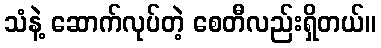
သံနဲ့ ဆောက်လုပ်တဲ့ စေတီလည်းရှိတယ်။